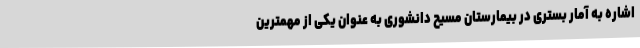
اشاره به آمار بستری در بیمارستان مسیح دانشوری به عنوان یکی از مهمترین